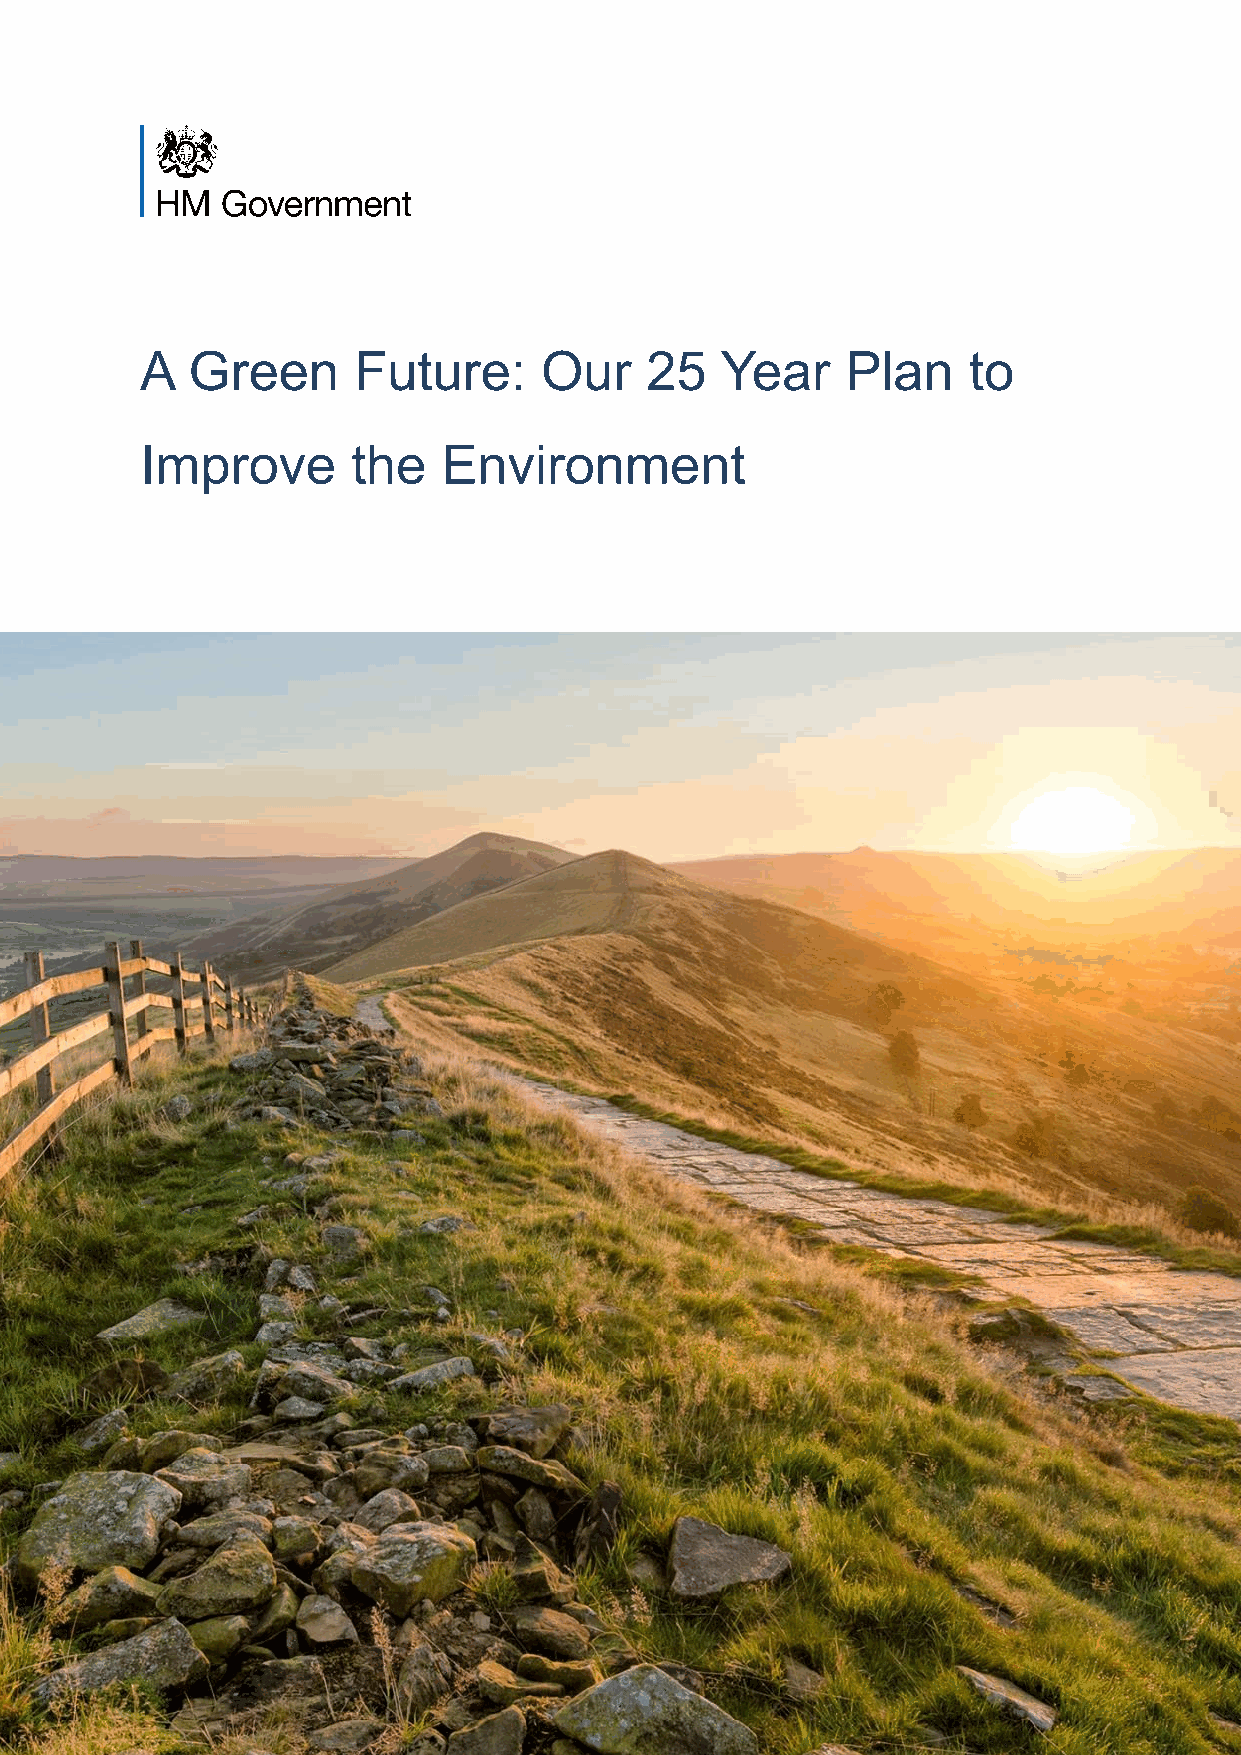
25 Year Environment Plan
 A  Green      Future:      Our    25   Year    Plan    to
 Improve       the   Environment
 1